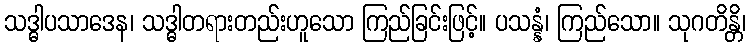
သဒ္ဓါပသာဒေန၊ သဒ္ဓါတရားတည်းဟူသော ကြည်ခြင်းဖြင့်။ ပသန္နံ၊ ကြည်သော။ သုဂတိန္တိ၊